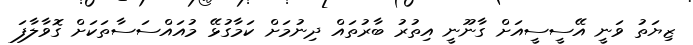
ޒިޔަތު ވަނީ އޭސީސީއަށް ގާނޫނީ އިތުރު ބާރުތައް ދިނުމަށް ކަމާގުޅޭ މުއައްސަސާތަކަށް ގޮވާލާފަ